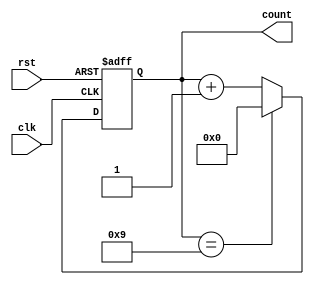
module decade_counter (
    input wire clk,  // Clock input
    input wire rst,  // Reset input
    output reg [3:0] count  // 4-bit output representing current count
);

reg [3:0] next_count;

always @ (posedge clk or posedge rst) begin
    if (rst) begin
        next_count <= 4'b0000; // Reset to 0
    end else begin
        if (next_count == 4'b1001) begin
            next_count <= 4'b0000; // Reset to 0 after reaching 9
        end else begin
            next_count <= next_count + 1; // Increment count
        end
    end
end

// Assign current count value to output
always @* begin
    count = next_count;
end

endmodule